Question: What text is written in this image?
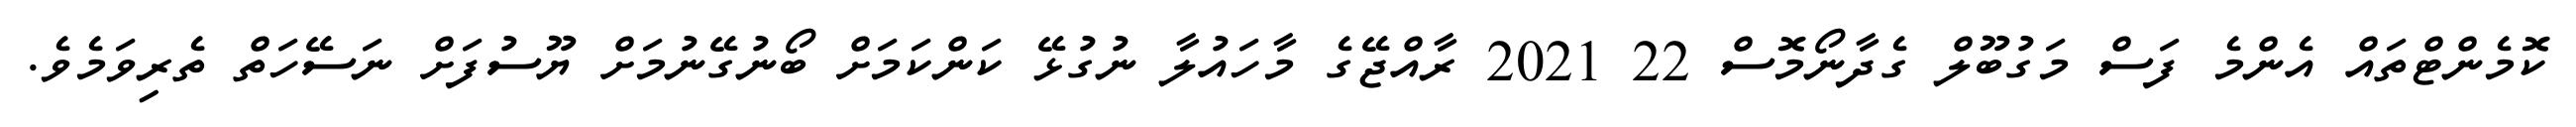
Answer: ކޮމެންޓްތައް އެންމެ ފަސް މަގުބޫލް ގެދާނޯމޮސް 22 2021 ރާއްޖޭގެ މާހައުލާ ނުގުޅޭ ކަންކަމަށް ބޯނުގޭނުމަށް ޔޫސުފަށް ނަސޭހަތް ތެރިވަމެވެ.